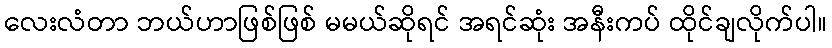
လေးလံတာ ဘယ်ဟာဖြစ်ဖြစ် မမယ်ဆိုရင် အရင်ဆုံး အနီးကပ် ထိုင်ချလိုက်ပါ။